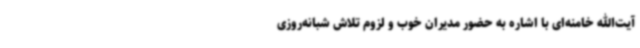
آیت‌الله خامنه‌ای با اشاره به حضور مدیران خوب و لزوم تلاش شبانه‌روزی